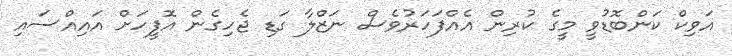
އަވިކް ކަންބޮޑުވީ މީގެ ކުރިން އެއްފަހަރުވެސް ނަޒްލާ ގަޑި ޖެހިގެން އޮފީހަށް އައިއްސައި